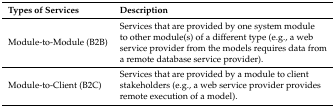
<table><thead><tr><td><b>Types of Services</b></td><td><b>Description</b></td></tr></thead><tbody><tr><td>Module-to-Module (B2B)</td><td>Services that are provided by one system module to other module(s) of a different type (e.g., a web service provider from the models requires data from a remote database service provider).</td></tr><tr><td>Module-to-Client (B2C)</td><td>Services that are provided by a module to client stakeholders (e.g., a web service provider provides remote execution of a model).</td></tr></tbody></table>